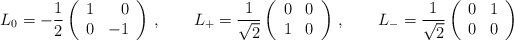
\begin{align*} L_0 = -\frac{1}{2}\left( \begin{array}{rr} 1 & 0 \\ 0 & -1 \end{array} \right)\,, \qquad L_+ = \frac{1}{\sqrt{2}}\left( \begin{array}{rr} 0 & 0 \\ 1 & 0 \end{array} \right)\,, \qquad L_- = \frac{1}{\sqrt{2}}\left( \begin{array}{rr} 0 & 1 \\ 0 & 0 \end{array} \right)\end{align*}